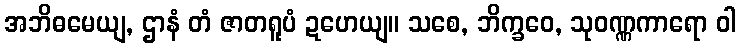
အဘိဓမေယျ, ဌာနံ တံ ဇာတရူပံ ဍဟေယျ။ သစေ, ဘိက္ခဝေ, သုဝဏ္ဏကာရော ဝါ